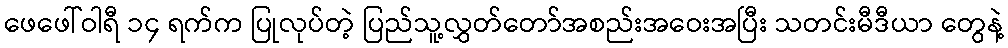
ဖေဖေါ်ဝါရီ ၁၄ ရက်က ပြုလုပ်တဲ့ ပြည်သူ့လွှတ်တော်အစည်းအဝေးအပြီး သတင်းမီဒီယာ တွေနဲ့